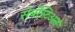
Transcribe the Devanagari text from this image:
सेबॅस्टिअन